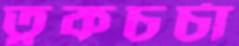
ত্বকচর্চা